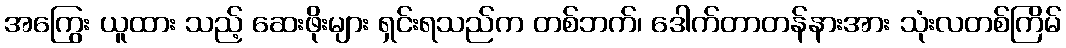
အကြွေး ယူထား သည့် ဆေးဖိုးများ ရှင်းရသည်က တစ်ဘက်၊ ဒေါက်တာတန်နားအား သုံးလတစ်ကြိမ်